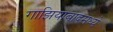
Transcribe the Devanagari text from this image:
गाझियाबादमध्ये